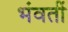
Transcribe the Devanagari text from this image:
भंवतीं